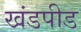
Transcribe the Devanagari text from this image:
खंडपीड